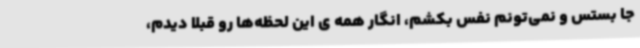
جا بستس و نمی‌تونم نفس بکشم، انگار همه ی این لحظه‌ها رو قبلاً دیدم،